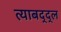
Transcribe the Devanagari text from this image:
त्याबद्द्ल